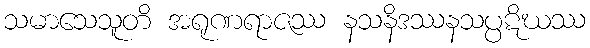
သမာသေသူတိ အရုဏရာဇဿ နသနိဒဿနသပ္ပဋိဃဿ